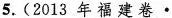
5.(2013年福建卷·